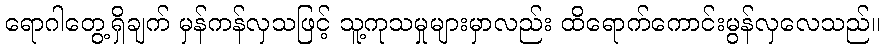
ရောဂါတွေ့ရှိချက် မှန်ကန်လှသဖြင့် သူ့ကုသမှုများမှာလည်း ထိရောက်ကောင်းမွန်လှလေသည်။